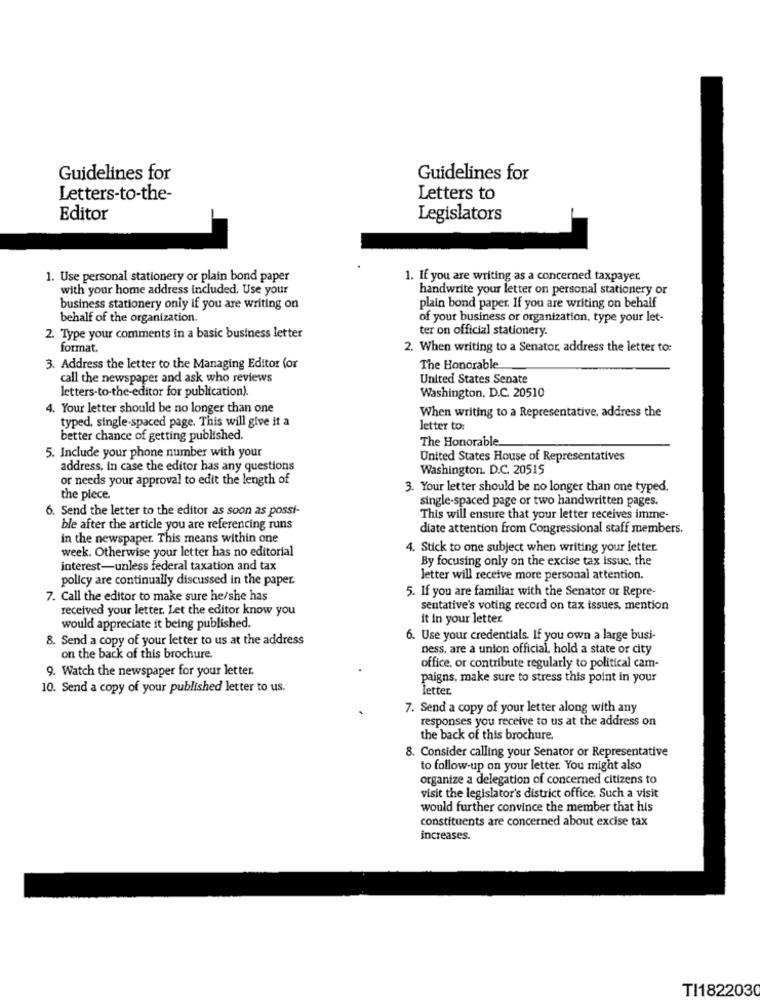
Guidelines for
Guidelines for
Letters-to-the-
Letters to
Editor
Legislators
1. Use personal stationery or plain bond paper
1. If you are writing as a concerned taxpayer
with your home address included. Use your
handwrite your letter on personal stationery or
business stationery only if you are writing on
plain bond paper. If you are writing on behalf
behalf of the organization.
of your business or organization, type your let-
ter on official stationery.
2. Type your comments in a basic business letter
format.
2. When writing to a Senator, address the letter to:
3. Address the letter to the Managing Editor (or
The Honorable
call the newspaper and ask who reviews
United States Senate
letters-to-the-editor for publication).
Washington, D.C. 20510
4. Your letter should be no longer than one
When writing to a Representative, address the
typed, single-spaced page. This will give it a
letter to:
better chance of getting published.
The Honorable
5. Include your phone number with your
United States House of Representatives
address. In case the editor has any questions
Washington. D.C. 20515
or needs your approval to edit the length of
3. Your letter should be no longer than one typed.
the piece.
single-spaced page or two handwritten pages.
6. Send the letter to the editor as soon as possi-
This will ensure that your letter receives imme-
ble after the article you are referencing runs
diate attention from Congressional staff members.
in the newspaper. This means within one
week. Otherwise your letter has no editorial
4. Stick to one subject when writing your letter.
By focusing only on the excise tax issuc, the
interest-unless federal taxation and tax
policy are continually discussed in the paper.
Jetter will receive more personal attention.
7. Call the editor to make sure he/she has
5. If you are familiar with the Senator or Repre-
received your letter. Let the editor know you
sentative's voting record on tax issues, mention
it in your letter.
would appreciate it being published.
8. Send a copy of your letter to us at the address
6. Use your credentials. If you own a large busi-
ness. are a union official, hold a state or city
on the back of this brochure.
9. Watch the newspaper for your letter.
office, or contribute regularly to political cam-
paigns. make sure to stress this point in your
10. Send a copy of your published letter to us.
letter
7. Send a copy of your letter along with any
responses you receive to us at the address on
the back of this brochure.
8. Consider calling your Senator or Representative
to follow-up on your letter. You might also
organize a delegation of concerned citizens to
visit the legislator's district office. Such a visit
would further convince the member that his
constituents are concerned about excise tax
increases.
TI1822030